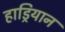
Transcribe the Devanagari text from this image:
हाड्रियान